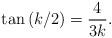
LaTeX: \begin{align*}\tan\left(k/2\right)=\frac{4}{3k}.\end{align*}